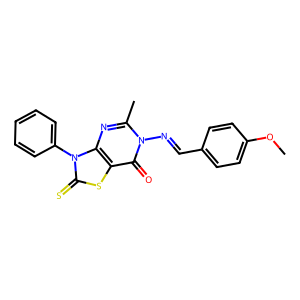
SMILES: COc1ccc(C=Nn2c(C)nc3c(sc(=S)n3-c3ccccc3)c2=O)cc1
Inhibits HIV replication: No